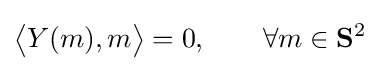
{\bigl \langle }Y(m),m{\bigr \rangle }=0,\qquad \forall m\in \mathbf {S} ^{2}